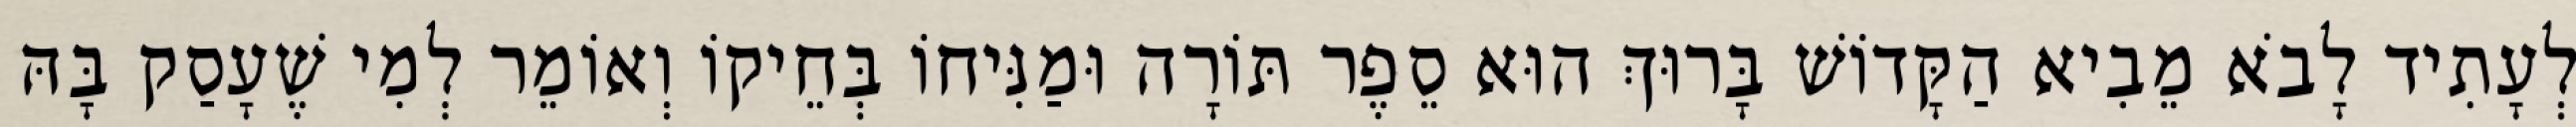
לְעָתִיד לָבֹא מֵבִיא הַקָּדוֹשׁ בָּרוּךְ הוּא סֵפֶר תּוֹרָה וּמַנִּיחוֹ בְּחֵיקוֹ וְאוֹמֵר לְמִי שֶׁעָסַק בָּהּ